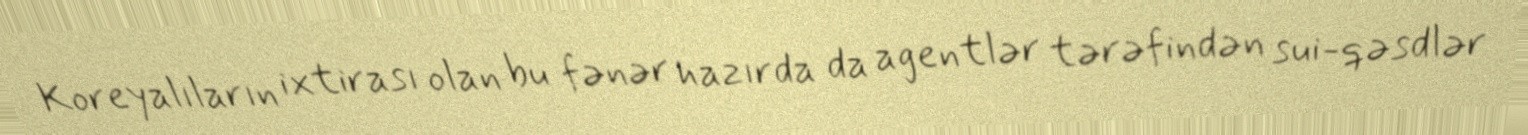
Koreyalıların ixtirası olan bu fənər hazırda da agentlər tərəfindən sui-qəsdlər